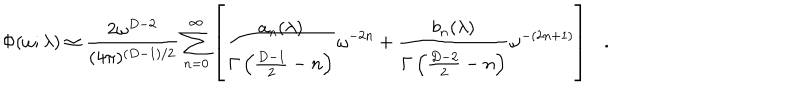
LaTeX: \Phi ( \omega ; \lambda ) \simeq { \frac { 2 \omega ^ { D - 2 } } { ( 4 \pi ) ^ { ( D - 1 ) / 2 } } } \sum _ { n = 0 } ^ { \infty } \left[ { \frac { a _ { n } ( \lambda ) } { \Gamma \left( { \frac { D - 1 } { 2 } } - n \right) } } \omega ^ { - 2 n } + { \frac { b _ { n } ( \lambda ) } { \Gamma \left( { \frac { D - 2 } { 2 } } - n \right) } } \omega ^ { - ( 2 n + 1 ) } \right] .